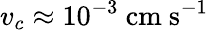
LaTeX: v_{c}\approx 10^{-3}\ \mathrm{cm\ s^{-1}}